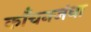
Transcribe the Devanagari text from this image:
काँचनजंघा